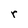
Character: r